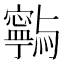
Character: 𭔥